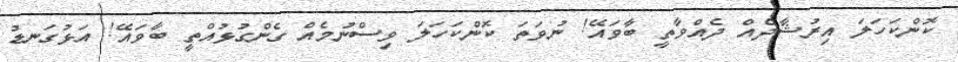
ކޮންކަހަލަ އިރުޝާދެއް ދެއްވާތީ ބާވައޭ! ނުވަތަ ކޮންކަހަލަ ވިސްނުމެއް ގެންގުޅުއްތީ ބާވައޭ! އަޅުގަނޑު